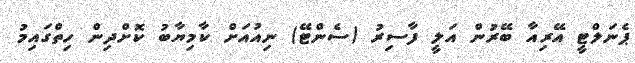
ޕެނަލްޓީ އޭރިއާ ބޭރުން އަލީ ފާސިރު (ސެންޓޭ) ނިއުއަށް ކާމިޔާބު ކޮށްދިން ހިތްގައިމު